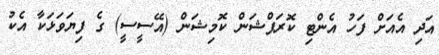
އަދި އެއަށް ފަހު އެންޓި ކޮރަޕްޝަން ކޮމިޝަން (އޭސީސީ) ގެ ފިޔަވަޅަކާ އެކު